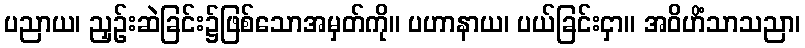
ပညာယ၊ ညှဉ်းဆဲခြင်း၌ဖြစ်သောအမှတ်ကို။ ပဟာနာယ၊ ပယ်ခြင်းငှာ။ အဝိဟိံသာသညာ၊